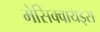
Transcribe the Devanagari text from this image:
मेसिक्वायड्स